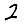
Digit: 2